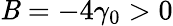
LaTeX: \mathit{B}=-4\gamma_{0}>0